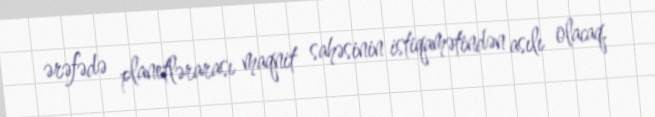
ərəfədə planetlərarası maqnit sahəsinin istiqamətindən asılı olacaq.